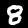
Label: 8